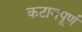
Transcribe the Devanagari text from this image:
कटावपूर्ण